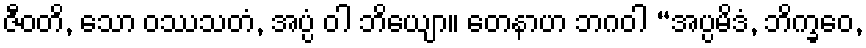
ဇီဝတိ, သော ဝဿသတံ, အပ္ပံ ဝါ ဘိယျော။ တေနာဟ ဘဂဝါ “အပ္ပမိဒံ, ဘိက္ခဝေ,